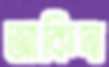
আকিদা